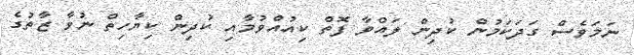
ނަމަވެސް ގަދަކަމުން ކުދިން ލައްވާ ފޮތް ކިއުއްވުމާއި ކުދިން ކިޔާހިތް ނުވާ ޒާތުގެ